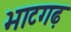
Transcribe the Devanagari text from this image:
भाटगढ़